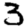
Digit: 3